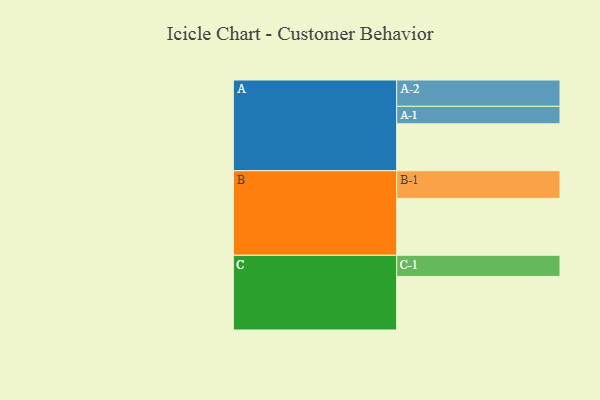
{"axis": {"x": "Segment", "y": "Value"}, "legend": ["", "A", "B", "C"], "data": [{"x": "A", "y": 448, "type": ""}, {"x": "B", "y": 543, "type": ""}, {"x": "C", "y": 511, "type": ""}, {"x": "A-1", "y": 167, "type": "A"}, {"x": "A-2", "y": 251, "type": "A"}, {"x": "B-1", "y": 264, "type": "B"}, {"x": "C-1", "y": 202, "type": "C"}]}